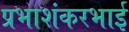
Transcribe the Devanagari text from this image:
प्रभाशंकरभाई